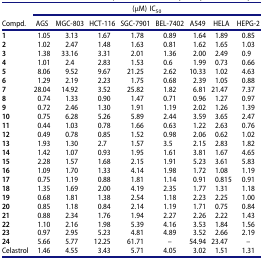
<table><thead><tr><td><b> </b></td><td colspan="8"><b>(μM) IC<sub>50</sub></b></td></tr><tr><td><b>Compd.</b></td><td><b>AGS</b></td><td><b>MGC-803</b></td><td><b>HCT-116</b></td><td><b>SGC-7901</b></td><td><b>BEL-7402</b></td><td><b>A549</b></td><td><b>HELA</b></td><td><b>HEPG-2</b></td></tr></thead><tbody><tr><td><b>1</b></td><td>1.05</td><td>3.13</td><td>1.67</td><td>1.78</td><td>0.89</td><td>1.64</td><td>1.89</td><td>0.85</td></tr><tr><td><b>2</b></td><td>1.02</td><td>2.47</td><td>1.48</td><td>1.63</td><td>0.81</td><td>1.62</td><td>1.65</td><td>1.03</td></tr><tr><td><b>3</b></td><td>1.38</td><td>33.16</td><td>3.31</td><td>2.01</td><td>1.36</td><td>2.00</td><td>2.49</td><td>0.9</td></tr><tr><td><b>4</b></td><td>1.01</td><td>2.4</td><td>2.83</td><td>1.53</td><td>0.6</td><td>1.99</td><td>0.73</td><td>0.66</td></tr><tr><td><b>5</b></td><td>8.06</td><td>9.52</td><td>9.67</td><td>21.25</td><td>2.62</td><td>10.33</td><td>1.02</td><td>4.63</td></tr><tr><td><b>6</b></td><td>1.29</td><td>2.19</td><td>2.23</td><td>1.75</td><td>0.68</td><td>2.39</td><td>1.05</td><td>0.88</td></tr><tr><td><b>7</b></td><td>28.04</td><td>14.92</td><td>3.52</td><td>25.82</td><td>1.82</td><td>6.81</td><td>21.47</td><td>7.37</td></tr><tr><td><b>8</b></td><td>0.74</td><td>1.33</td><td>0.90</td><td>1.47</td><td>0.71</td><td>0.96</td><td>1.27</td><td>0.97</td></tr><tr><td><b>9</b></td><td>0.72</td><td>2.46</td><td>1.30</td><td>1.91</td><td>1.19</td><td>2.02</td><td>1.26</td><td>1.39</td></tr><tr><td><b>10</b></td><td>0.75</td><td>6.28</td><td>5.26</td><td>5.89</td><td>2.44</td><td>3.59</td><td>3.65</td><td>2.47</td></tr><tr><td><b>11</b></td><td>0.44</td><td>1.03</td><td>0.78</td><td>1.66</td><td>0.63</td><td>1.22</td><td>2.63</td><td>0.76</td></tr><tr><td><b>12</b></td><td>0.49</td><td>0.78</td><td>0.85</td><td>1.52</td><td>0.98</td><td>2.06</td><td>0.62</td><td>1.02</td></tr><tr><td><b>13</b></td><td>1.93</td><td>1.30</td><td>2.7</td><td>1.57</td><td>3.5</td><td>2.15</td><td>2.83</td><td>1.82</td></tr><tr><td><b>14</b></td><td>1.42</td><td>1.07</td><td>0.93</td><td>1.95</td><td>1.61</td><td>3.81</td><td>1.67</td><td>4.65</td></tr><tr><td><b>15</b></td><td>2.28</td><td>1.57</td><td>1.68</td><td>2.15</td><td>1.91</td><td>5.23</td><td>3.61</td><td>5.83</td></tr><tr><td><b>16</b></td><td>1.09</td><td>1.70</td><td>1.33</td><td>4.14</td><td>1.98</td><td>1.72</td><td>1.08</td><td>1.19</td></tr><tr><td><b>17</b></td><td>0.75</td><td>1.19</td><td>0.88</td><td>1.81</td><td>1.14</td><td>0.91</td><td>0.815</td><td>0.91</td></tr><tr><td><b>18</b></td><td>1.35</td><td>1.69</td><td>2.00</td><td>4.19</td><td>2.35</td><td>1.77</td><td>1.31</td><td>1.18</td></tr><tr><td><b>19</b></td><td>0.68</td><td>1.81</td><td>1.38</td><td>2.54</td><td>1.18</td><td>2.23</td><td>2.25</td><td>1.00</td></tr><tr><td><b>20</b></td><td>0.85</td><td>1.18</td><td>0.84</td><td>2.14</td><td>1.19</td><td>1.71</td><td>0.75</td><td>0.84</td></tr><tr><td><b>21</b></td><td>0.88</td><td>2.34</td><td>1.76</td><td>1.94</td><td>2.27</td><td>2.26</td><td>2.22</td><td>1.43</td></tr><tr><td><b>22</b></td><td>1.10</td><td>2.16</td><td>1.98</td><td>5.39</td><td>4.16</td><td>3.53</td><td>1.84</td><td>1.56</td></tr><tr><td><b>23</b></td><td>0.97</td><td>2.95</td><td>5.23</td><td>4.81</td><td>4.89</td><td>3.52</td><td>2.66</td><td>2.19</td></tr><tr><td><b>24</b></td><td>5.66</td><td>5.77</td><td>12.25</td><td>61.71</td><td>–</td><td>54.94</td><td>23.47</td><td>–</td></tr><tr><td>Celastrol</td><td>1.46</td><td>4.55</td><td>3.43</td><td>5.71</td><td>4.05</td><td>3.02</td><td>1.51</td><td>1.31</td></tr></tbody></table>